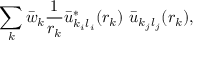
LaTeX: \sum _ { k } \bar { w } _ { k } \frac { 1 } { r _ { k } } \bar { u } _ { k _ { i } l _ { i } } ^ { * } ( r _ { k } ) \, \, \bar { u } _ { k _ { j } l _ { j } } ( r _ { k } ) ,